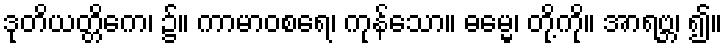
ဒုတိယတ္တိကေ၊ ၌။ ကာမာဝစရေ၊ ကုန်သော။ ဓမ္မေ၊ တို့ကို။ အာရဗ္ဘ၊ ၍။